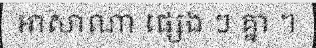
អាសាណា ផ្សេង ៗ គ្នា ។